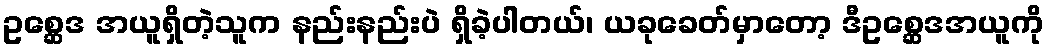
ဥစ္ဆေဒ အယူရှိတဲ့သူက နည်းနည်းပဲ ရှိခဲ့ပါတယ်၊ ယခုခေတ်မှာတော့ ဒီဥစ္ဆေဒအယူကို